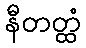
နီတတ္ထံ